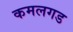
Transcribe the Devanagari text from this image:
कमलगड